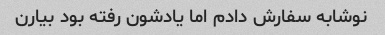
نوشابه سفارش دادم اما یادشون رفته بود بیارن